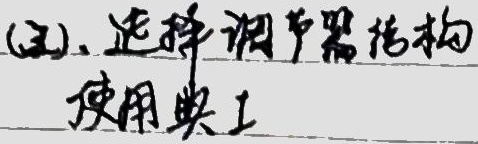
(三)、选择调节器结构使用典I